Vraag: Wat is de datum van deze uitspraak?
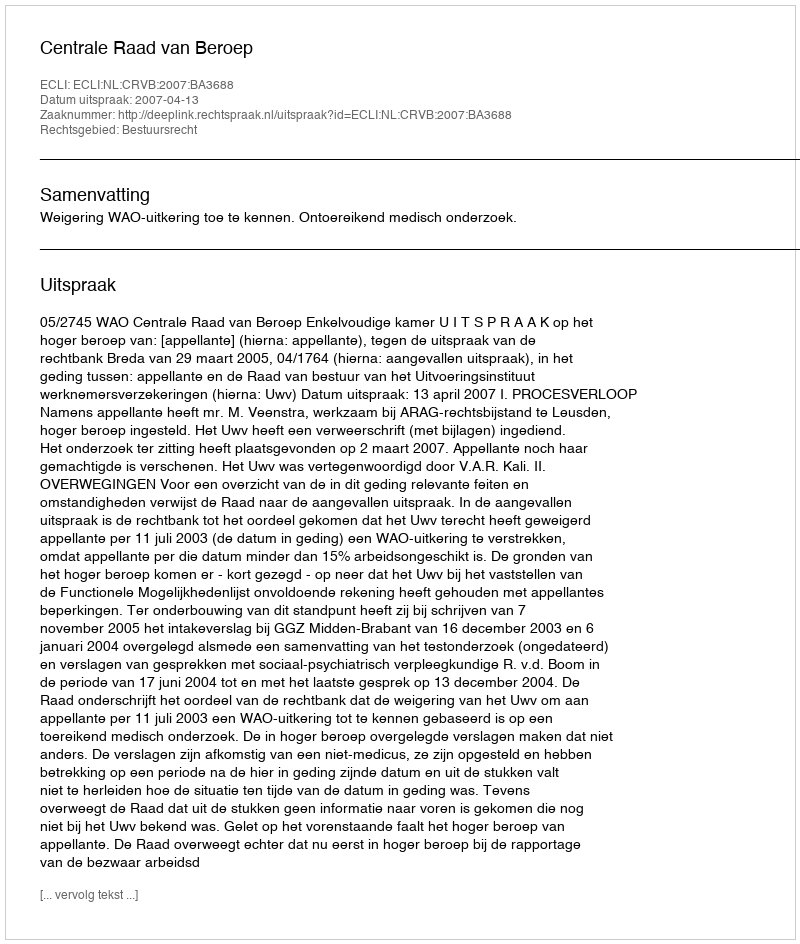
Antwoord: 2007-04-13